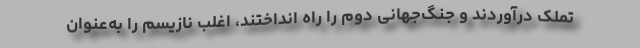
تملک درآوردند و جنگ‌جهانی دوم را راه انداختند، اغلب نازیسم را به‌عنوان